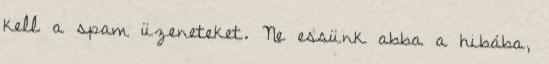
kell a spam üzeneteket. Ne essünk abba a hibába,